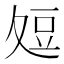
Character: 𭐞